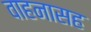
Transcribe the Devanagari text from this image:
वाहनासह